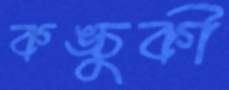
কঙ্চুকী